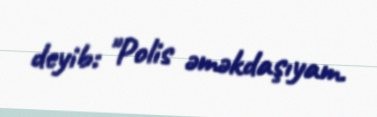
deyib: "Polis əməkdaşıyam.